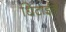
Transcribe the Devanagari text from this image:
धिटाईने